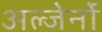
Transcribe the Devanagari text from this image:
अल्जेर्नों